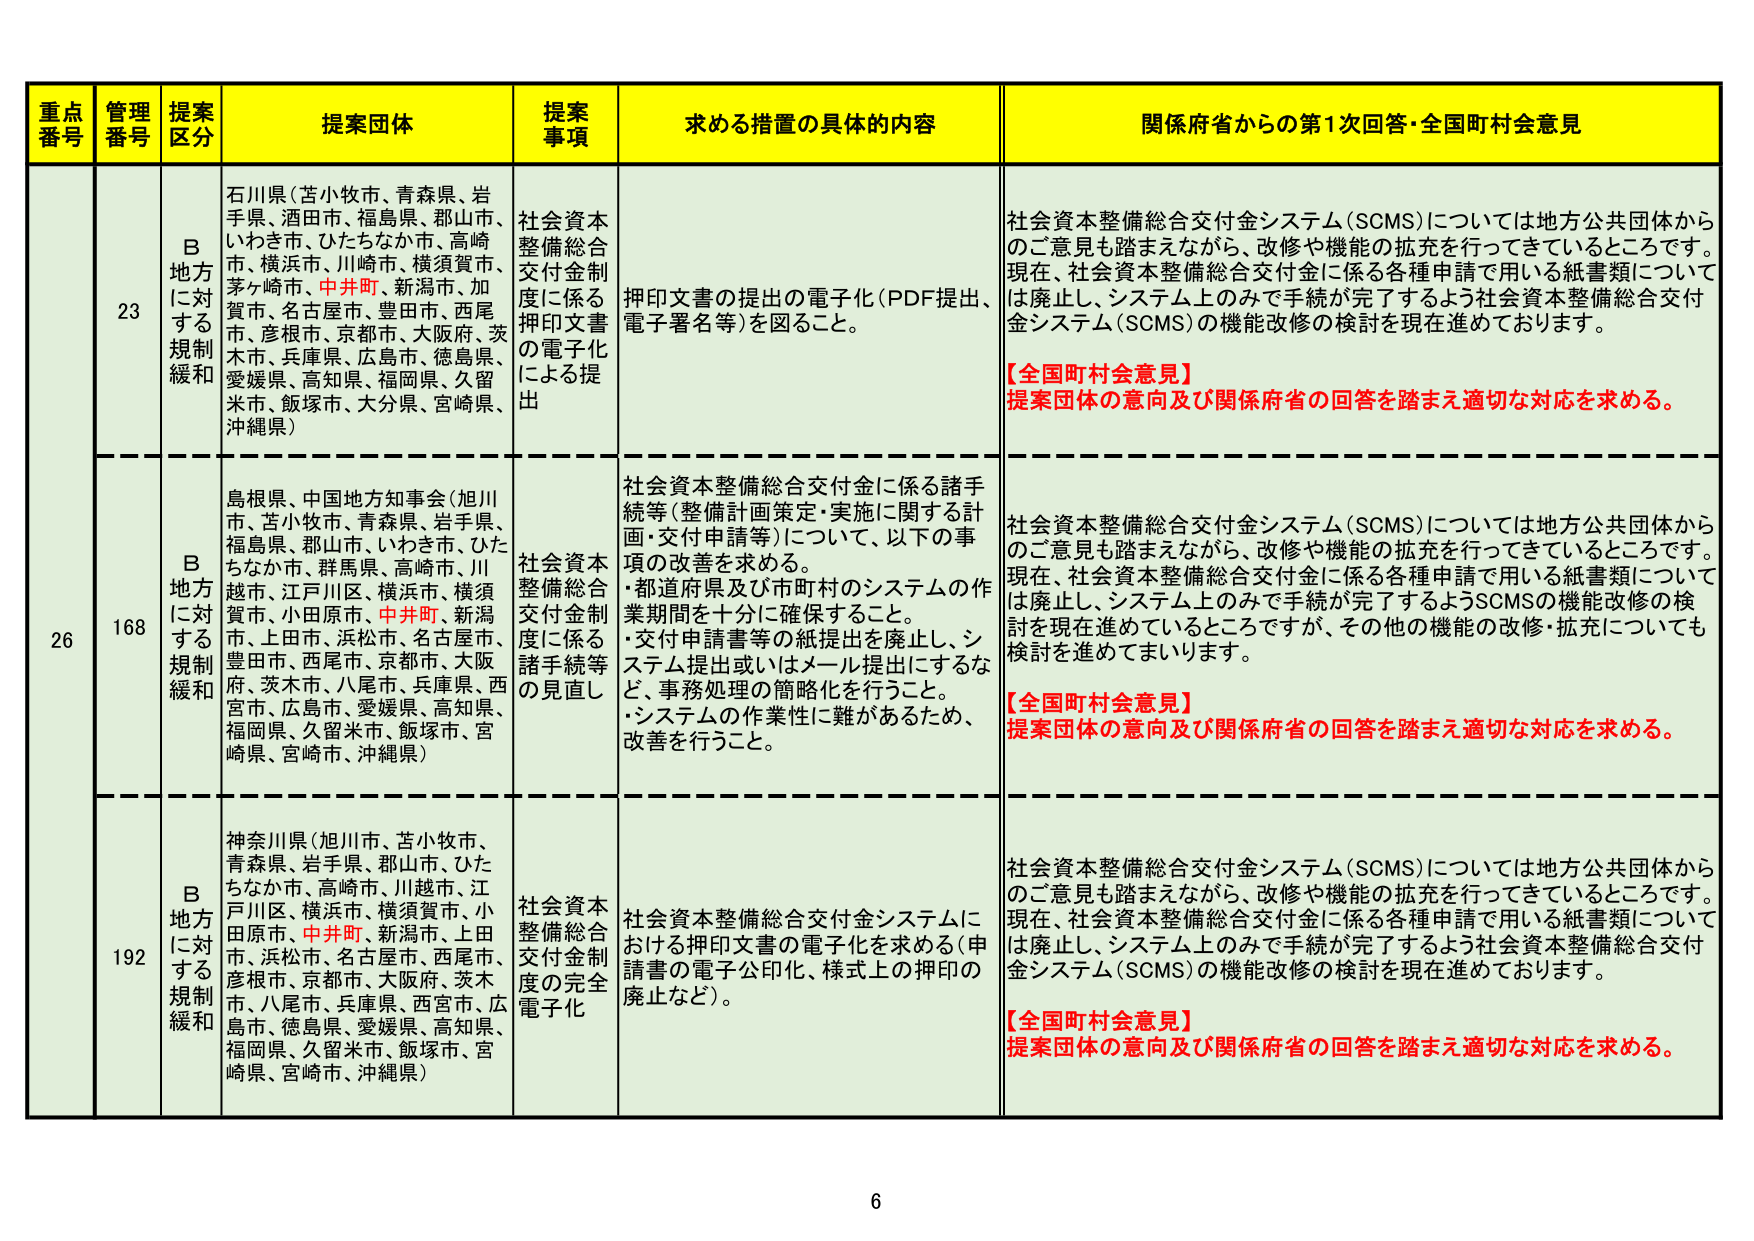
重点番号 管理番号 提案区分 提案団体 提案事項 求める措置の具体的内容 関係府省からの第1次回答・全国町村会意見
23 B地方に対する規制緩和 石川県（苫小牧市、青森県、岩手県、酒田市、福島県、郡山市、いわき市、ひたちなか市、高崎市、横浜市、川崎市、横須賀市、茅ヶ崎市、中井町、新潟市、加賀市、名古屋市、豊田市、西尾市、彦根市、京都市、大阪府、茨木市、兵庫県、広島市、徳島県、愛媛県、高知県、福岡県、久留米市、飯塚市、大分県、宮崎県、沖縄県） 社会資本整備総合交付金制度に係る押印文書の電子化による提出 押印文書の提出の電子化（PDF提出、電子署名等）を図ること。 社会資本整備総合交付金システム（SCMS）については地方公共団体からのご意見も踏まえながら、改修や機能の拡充を行ってきているところです。現在、社会資本整備総合交付金に係る各種申請で用いる紙書類については廃止し、システム上ののみで手続が完了するよう社会資本整備総合交付金システム（SCMS）の機能改修の検討を現在進めております。【全国町村会意見】提案団体の意向及び関係府省の回答を踏まえ適切な対応を求める。
168 B地方に対する規制緩和 島根県、中国地方知事会（旭川市、苫小牧市、青森県、岩手県、福島県、郡山市、いわき市、ひたちなか市、群馬県、高崎市、川越市、江戸川区、横浜市、横須賀市、小田原市、中井町、新潟市、上田市、浜松市、名古屋市、豊田市、西尾市、京都市、大阪府、茨木市、八尾市、兵庫県、西宮市、広島市、愛媛県、高知県、福岡県、久留米市、飯塚市、宮崎県、宮崎市、沖縄県） 社会資本整備総合交付金制度に係る諸手続等の見直し 社会資本整備総合交付金に係る諸手続等（整備計画策定・実施に関する計画・交付申請等）について、以下の事項の改善を求める。・都道府県及び市町村のシステムの作業期間を十分に確保すること。・交付申請書等の紙提出を廃止し、システム提出或いはメール提出にするなど、事務処理の簡略化を行うこと。・システムの作業性に難があるため、改善を行うこと。 社会資本整備総合交付金システム（SCMS）については地方公共団体からのご意見も踏まえながら、改修や機能の拡充を行ってきているところです。現在、社会資本整備総合交付金に係る各種申請で用いる紙書類については廃止し、システム上ののみで手続が完了するようSCMSの機能改修の検討を現在進めているところですが、その他の機能の改修・拡充についても検討を進めてまいります。【全国町村会意見】提案団体の意向及び関係府省の回答を踏まえ適切な対応を求める。
192 B地方に対する規制緩和 神奈川県（旭川市、苫小牧市、青森県、岩手県、郡山市、ひたちなか市、高崎市、川越市、江戸川区、横浜市、横須賀市、小田原市、中井町、新潟市、上田市、浜松市、名古屋市、西尾市、彦根市、京都市、大阪府、茨木市、八尾市、兵庫県、西宮市、広島市、徳島県、愛媛県、高知県、福岡県、久留米市、飯塚市、宮崎県、宮崎市、沖縄県） 社会資本整備総合交付金制度の完全電子化 社会資本整備総合交付金システムにおける押印文書の電子化を求める（申請書の電子公印化、様式上の押印の廃止など）。 社会資本整備総合交付金システム（SCMS）については地方公共団体からのご意見も踏まえながら、改修や機能の拡充を行ってきているところです。現在、社会資本整備総合交付金に係る各種申請で用いる紙書類については廃止し、システム上ののみで手続が完了するよう社会資本整備総合交付金システム（SCMS）の機能改修の検討を現在進めております。【全国町村会意見】提案団体の意向及び関係府省の回答を踏まえ適切な対応を求める。
6